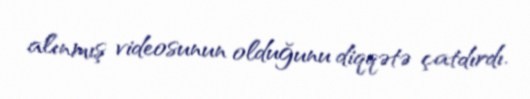
alınmış videosunun olduğunu diqqətə çatdırdı.